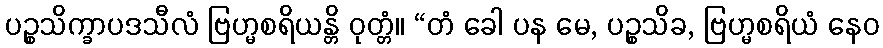
ပဉ္စသိက္ခာပဒသီလံ ဗြဟ္မစရိယန္တိ ဝုတ္တံ။ “တံ ခေါ ပန မေ, ပဉ္စသိခ, ဗြဟ္မစရိယံ နေဝ